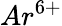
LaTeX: Ar^{6+}